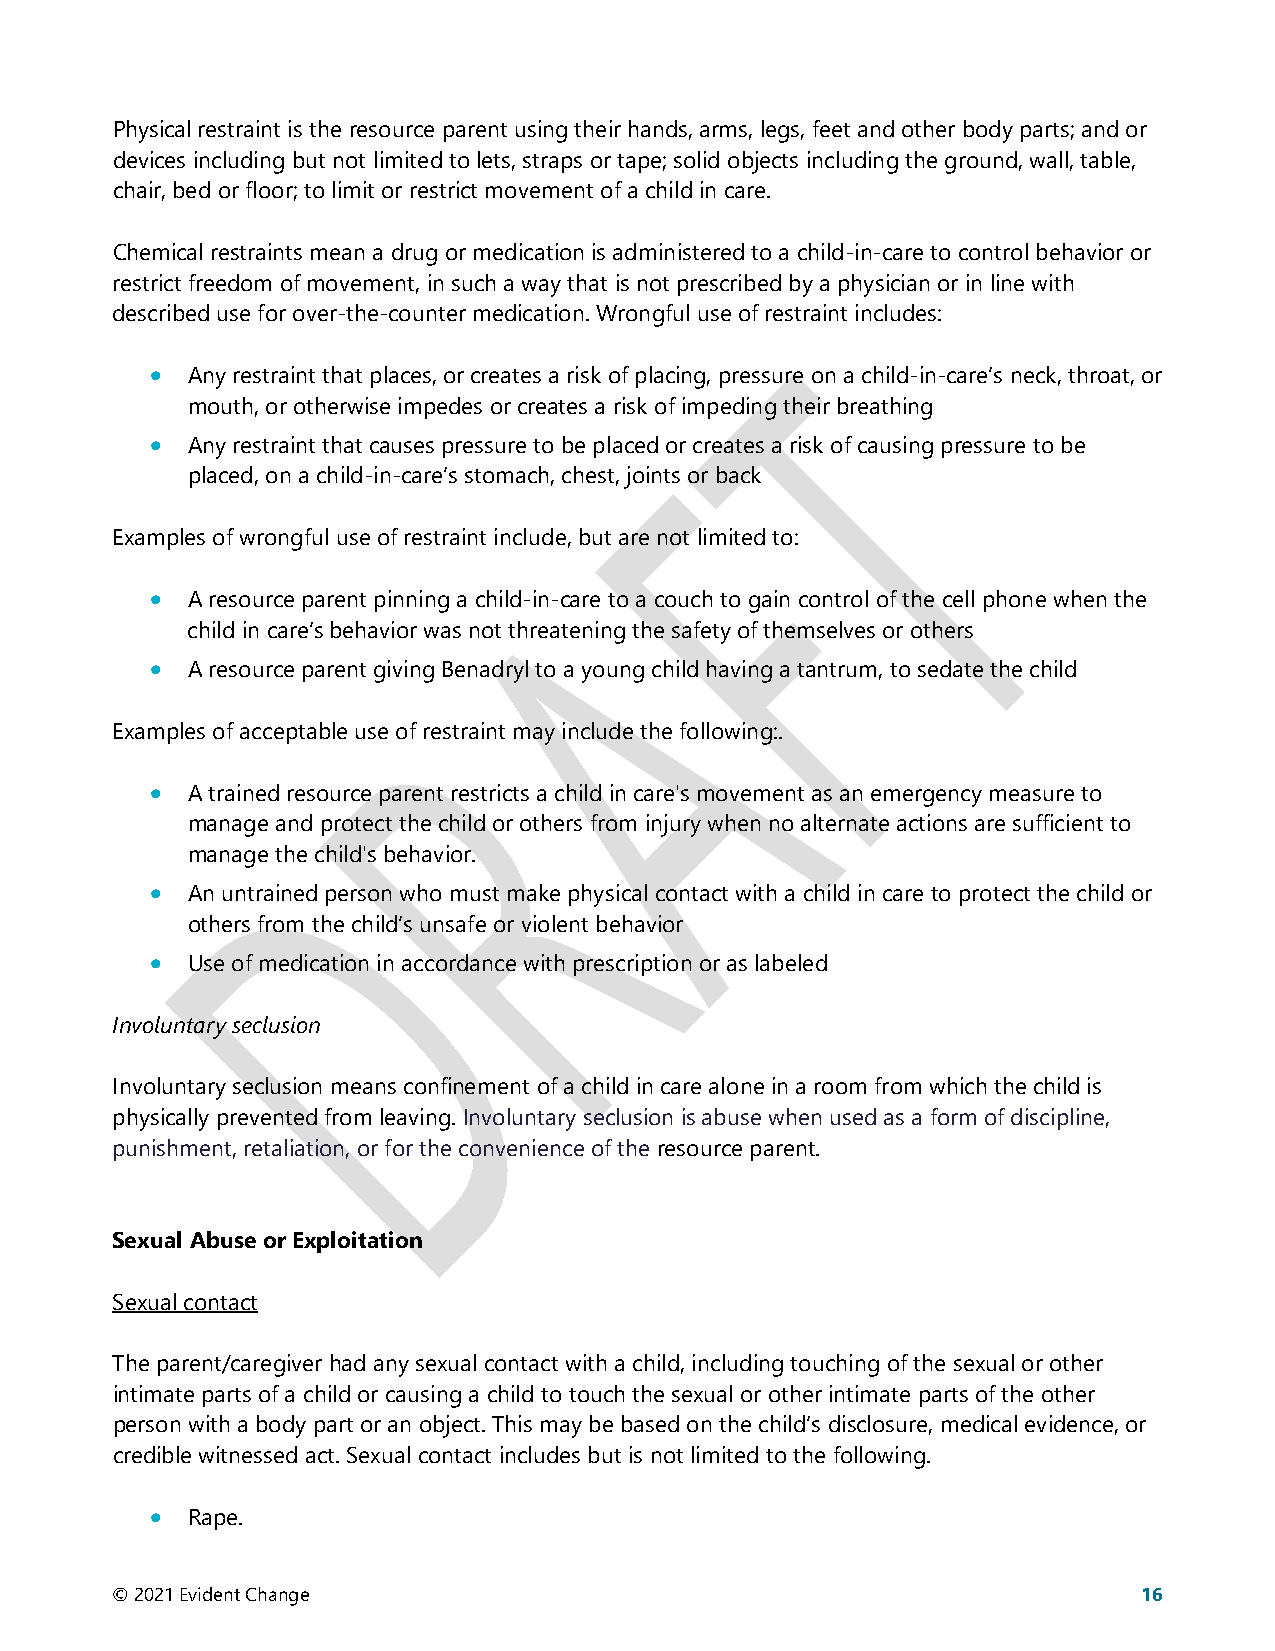
Physical restraint is the resource parent using their hands, arms, legs, feet and other body parts; and or
 devices including but not limited to lets, straps or tape; solid objects including the ground, wall, table,
 chair, bed or floor; to limit or restrict movement of a child in care.
 Chemical restraints mean a drug or medication is administered to a child-in-care to control behavior or
 restrict freedom of movement, in such a way that is not prescribed by a physician or in line with
 described use for over-the-counter medication. Wrongful use of restraint includes:
 • Any restraint that places, or creates a risk of placing, pressure on a child-in-care’s neck, throat, or
 mouth, or otherwise impedes or creates a risk of impeding their breathing
 • Any restraint that causes pressure to be placed or creates a risk of causing pressure to be
 placed, on a child-in-care’s stomach, chest, joints or back
 Examples of wrongful use of restraint include, but are not limited to:
 • A resource parent pinning a child-in-care to a couch to gain control of the cell phone when the
 child in care’s behavior was not threatening the safety of themselves or others
 • A resource parent giving Benadryl to a young child having a tantrum, to sedate the child
 Examples of acceptable use of restraint may include the following:.
 • A trained resource parent restricts a child in care's movement as an emergency measure to
 manage and protect the child or others from injury when no alternate actions are sufficient to
 manage the child's behavior.
 • An untrained person who must make physical contact with a child in care to protect the child or
 others from the child’s unsafe or violent behavior
 • Use of medication in accordance with prescription or as labeled
 Involuntary seclusion
 Involuntary seclusion means confinement of a child in care alone in a room from which the child is
 physically prevented from leaving. Involuntary seclusion is abuse when used as a form of discipline,
 punishment, retaliation, or for the convenience of the resource parent.
 Sexual Abuse or Exploitation
 Sexual contact
 The parent/caregiver had any sexual contact with a child, including touching of the sexual or other
 intimate parts of a child or causing a child to touch the sexual or other intimate parts of the other
 person with a body part or an object. This may be based on the child’s disclosure, medical evidence, or
 credible witnessed act. Sexual contact includes but is not limited to the following.
 • Rape.
 © 2021 Evident Change                                                16